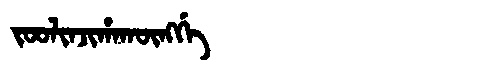
Manchu: ᠵᠣᠣᠯᡳᠨᠵᡳᡥᠠᡴᡡᠩᡤᡝ
Romanization: JOOLINJIHAKŪNGGE